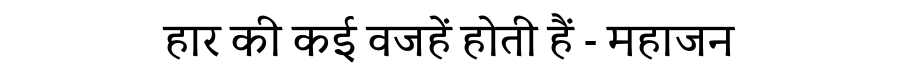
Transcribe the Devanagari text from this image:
हार की कई वजहें होती हैं - महाजन